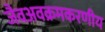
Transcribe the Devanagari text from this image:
जैवअवक्रमकरणीय